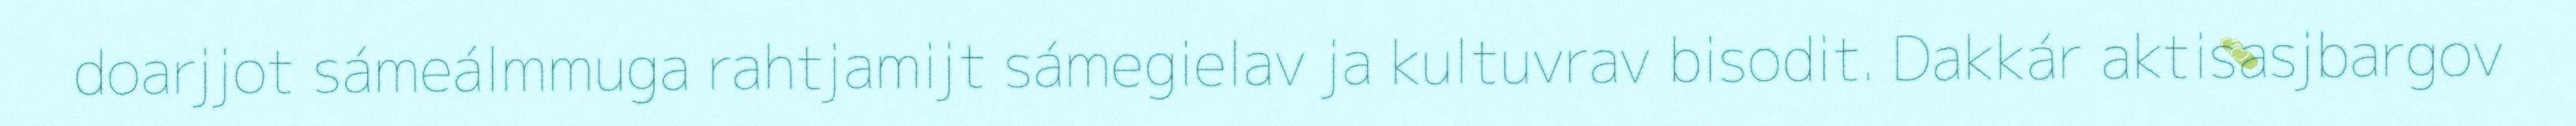
doarjjot sámeálmmuga rahtjamijt sámegielav ja kultuvrav bisodit. Dakkár aktisasjbargov